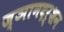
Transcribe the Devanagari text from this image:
ज्ञानदर्शन